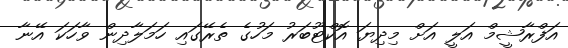
އަފްރާޝީމް އަލީ އަށް މިދިޔަ އޮކްޓޫބަރު މަހުގެ ތެރޭގައި ހަމަލާދިން ވާހަކަ އޭނާ